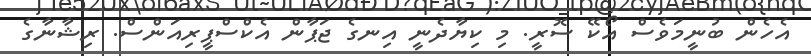
އެހެން ބުނީމަވެސް އޯކޭ ސޮރީ. މި ކިޔާދެނީ އިނގެ ޖަޕާން އެކްސްޕީރިއަންސް. ރިޝާނާގެ